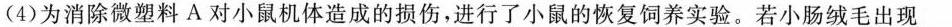
(4)为消除微塑料A对小鼠机体造成的损伤，进行了小鼠的恢复饲养实验。若小肠绒毛出现_________